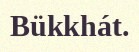
Bükkhát.